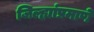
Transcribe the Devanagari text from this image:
जिल्ह्यांप्रमाणे